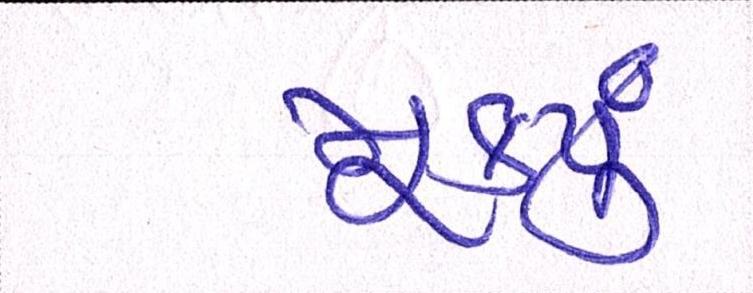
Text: મૂક્યું